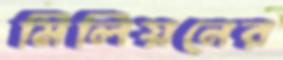
মিলিয়নের